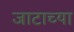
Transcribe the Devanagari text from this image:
जाटाच्या